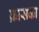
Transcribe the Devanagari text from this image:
क्रासका